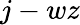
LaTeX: j-wz